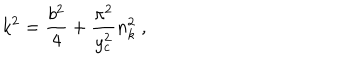
k ^ { 2 } = \frac { b ^ { 2 } } { 4 } + \frac { \pi ^ { 2 } } { y _ { c } ^ { 2 } } n _ { k } ^ { 2 } ~ ,